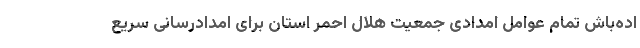
اده‌باش تمام عوامل امدادی جمعیت هلال احمر استان برای امدادرسانی سریع